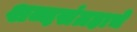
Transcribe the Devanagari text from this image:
शब्दसंग्रहाचे